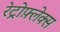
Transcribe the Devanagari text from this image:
रेट्रोफ़्लेक्स